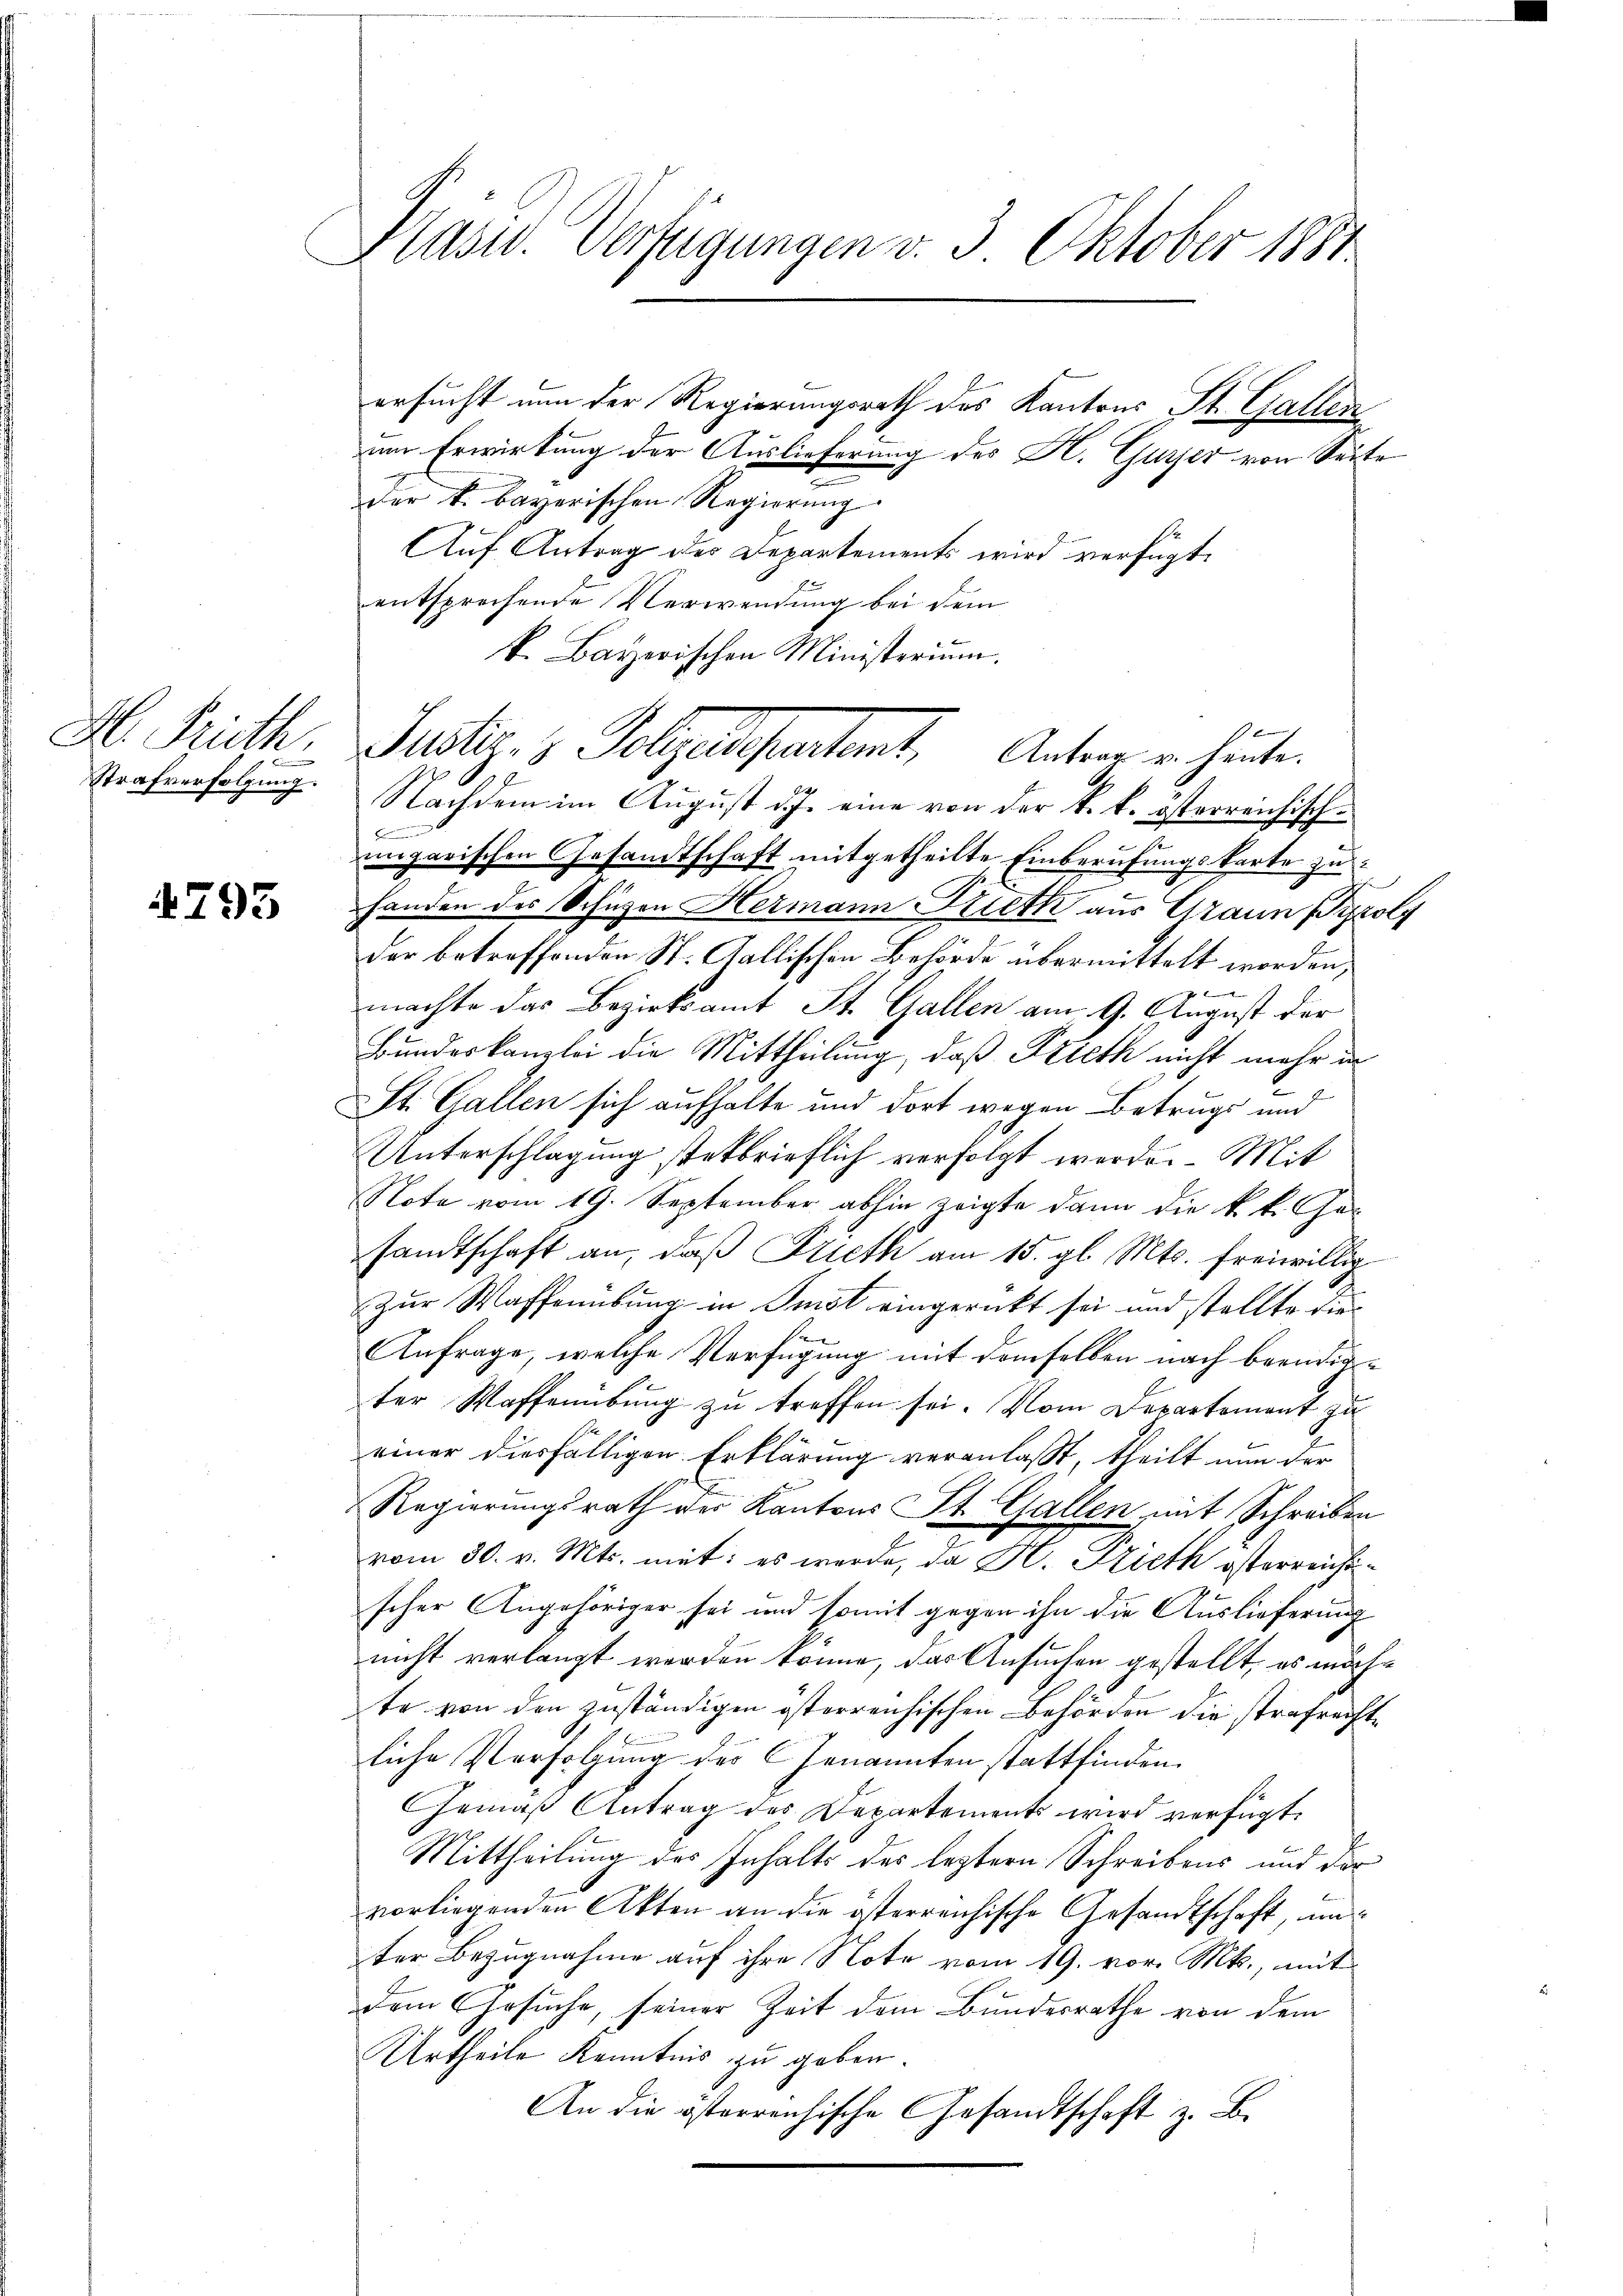
H. Trüeth.
Strafverfolgung.

4795

Präsid. Verfügungen v. 3. Oktober 1881

ersucht nun der Regierungsrath des Kantons St. Gallen
um Erwirkung der Auslieferung des H. Guyer von Seite
der k. bayerischen Regierung
Auf Antrag der Departements wird verfügt:
entsprechende Verwendung bei dem
k. Bayerischen Ministerium.
f
Nachdem im August d. J. eine von der k. k. österreichisch¬
E
eigarischen Gesandtschaft mitgetheilte Einberufungskarte zu
handen des Schüzen Hermann Frieth aus Graun (Pyroly
der betreffenden St. Gallischen Behörde übermittelt worden,
f
machte das Bezirksamt St. Gallen am 9. August der
Bundeskanzlei die Mittheilung, daß Frieth nicht mehr in
St. Gallen sich aufhalte und dort wegen Betrugs und
Unterschlagung stetbrieflich verfolgt werde. Mit
Note vom 19. September abhin zeigte dann die k. k. Gesandtschaft an, daß Frieth am 15. gl. Mts. freiwillig
Zur Waffenübung in Imst eingerückt sei und stellte die
e
Anfrage, welche Verfügung mit demselben nach beendige
ter Waffenübung zu treffen sei. Vom Departement zu
einer diesfälligen Erklärung veranlaßt, theilt nun der
Regierungsrath der Kantons St. Gallen mit Schreiben
vom 30. v. Mts. mit: es werde, da Hr. Prieth österreicht
scher Angehöriger sei und somit gegen ihn die Auslieferung
nicht verlangt werden könne, das Ansuchen gestellt, es möchte von den zuständigen österreichischen Behörden die strafrechte
liche Verfolgung des CGenannten stattfinden.
Gemäß Antrag des Departements wird verfügt:
Mittheilung des Inhalts des leztern Schreibens und der
vorliegenden Akten an die österreichische Gesandtschaft, un
ter Bezugnahme auf ihre Note vom 19. vor. Mts., mit
dem Gesuche, seiner Zeit dem Bundesrathe von dem
Urtheile Kenntnis zu geben.
An die österreichische Gesandtschaft z. B.

Justiz- & Folgendepartet. Antrag u. heute.